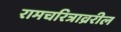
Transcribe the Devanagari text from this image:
रामचरित्राव्ररील